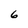
Character: 6